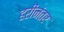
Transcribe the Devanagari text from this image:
हरीनंतर